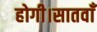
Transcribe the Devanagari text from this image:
होगी।सातवाँ